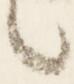
言